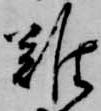
難